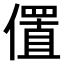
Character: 𫣧